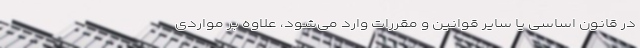
در قانون اساسی یا سایر قوانین و مقررات وارد می‌شود، علاوه بر مواردی